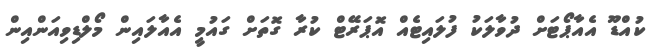
ކުއްޑޫ އެއާޕޯޓަށް ދުވާލަކު ފުލައިޓެއް އޮޕަރޭޓް ކުރާ ގޮތަށް ގައުމީ އެއާލައިން މޯލްޑިވިއަންއިން